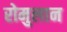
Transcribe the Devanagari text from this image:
रोमुलान